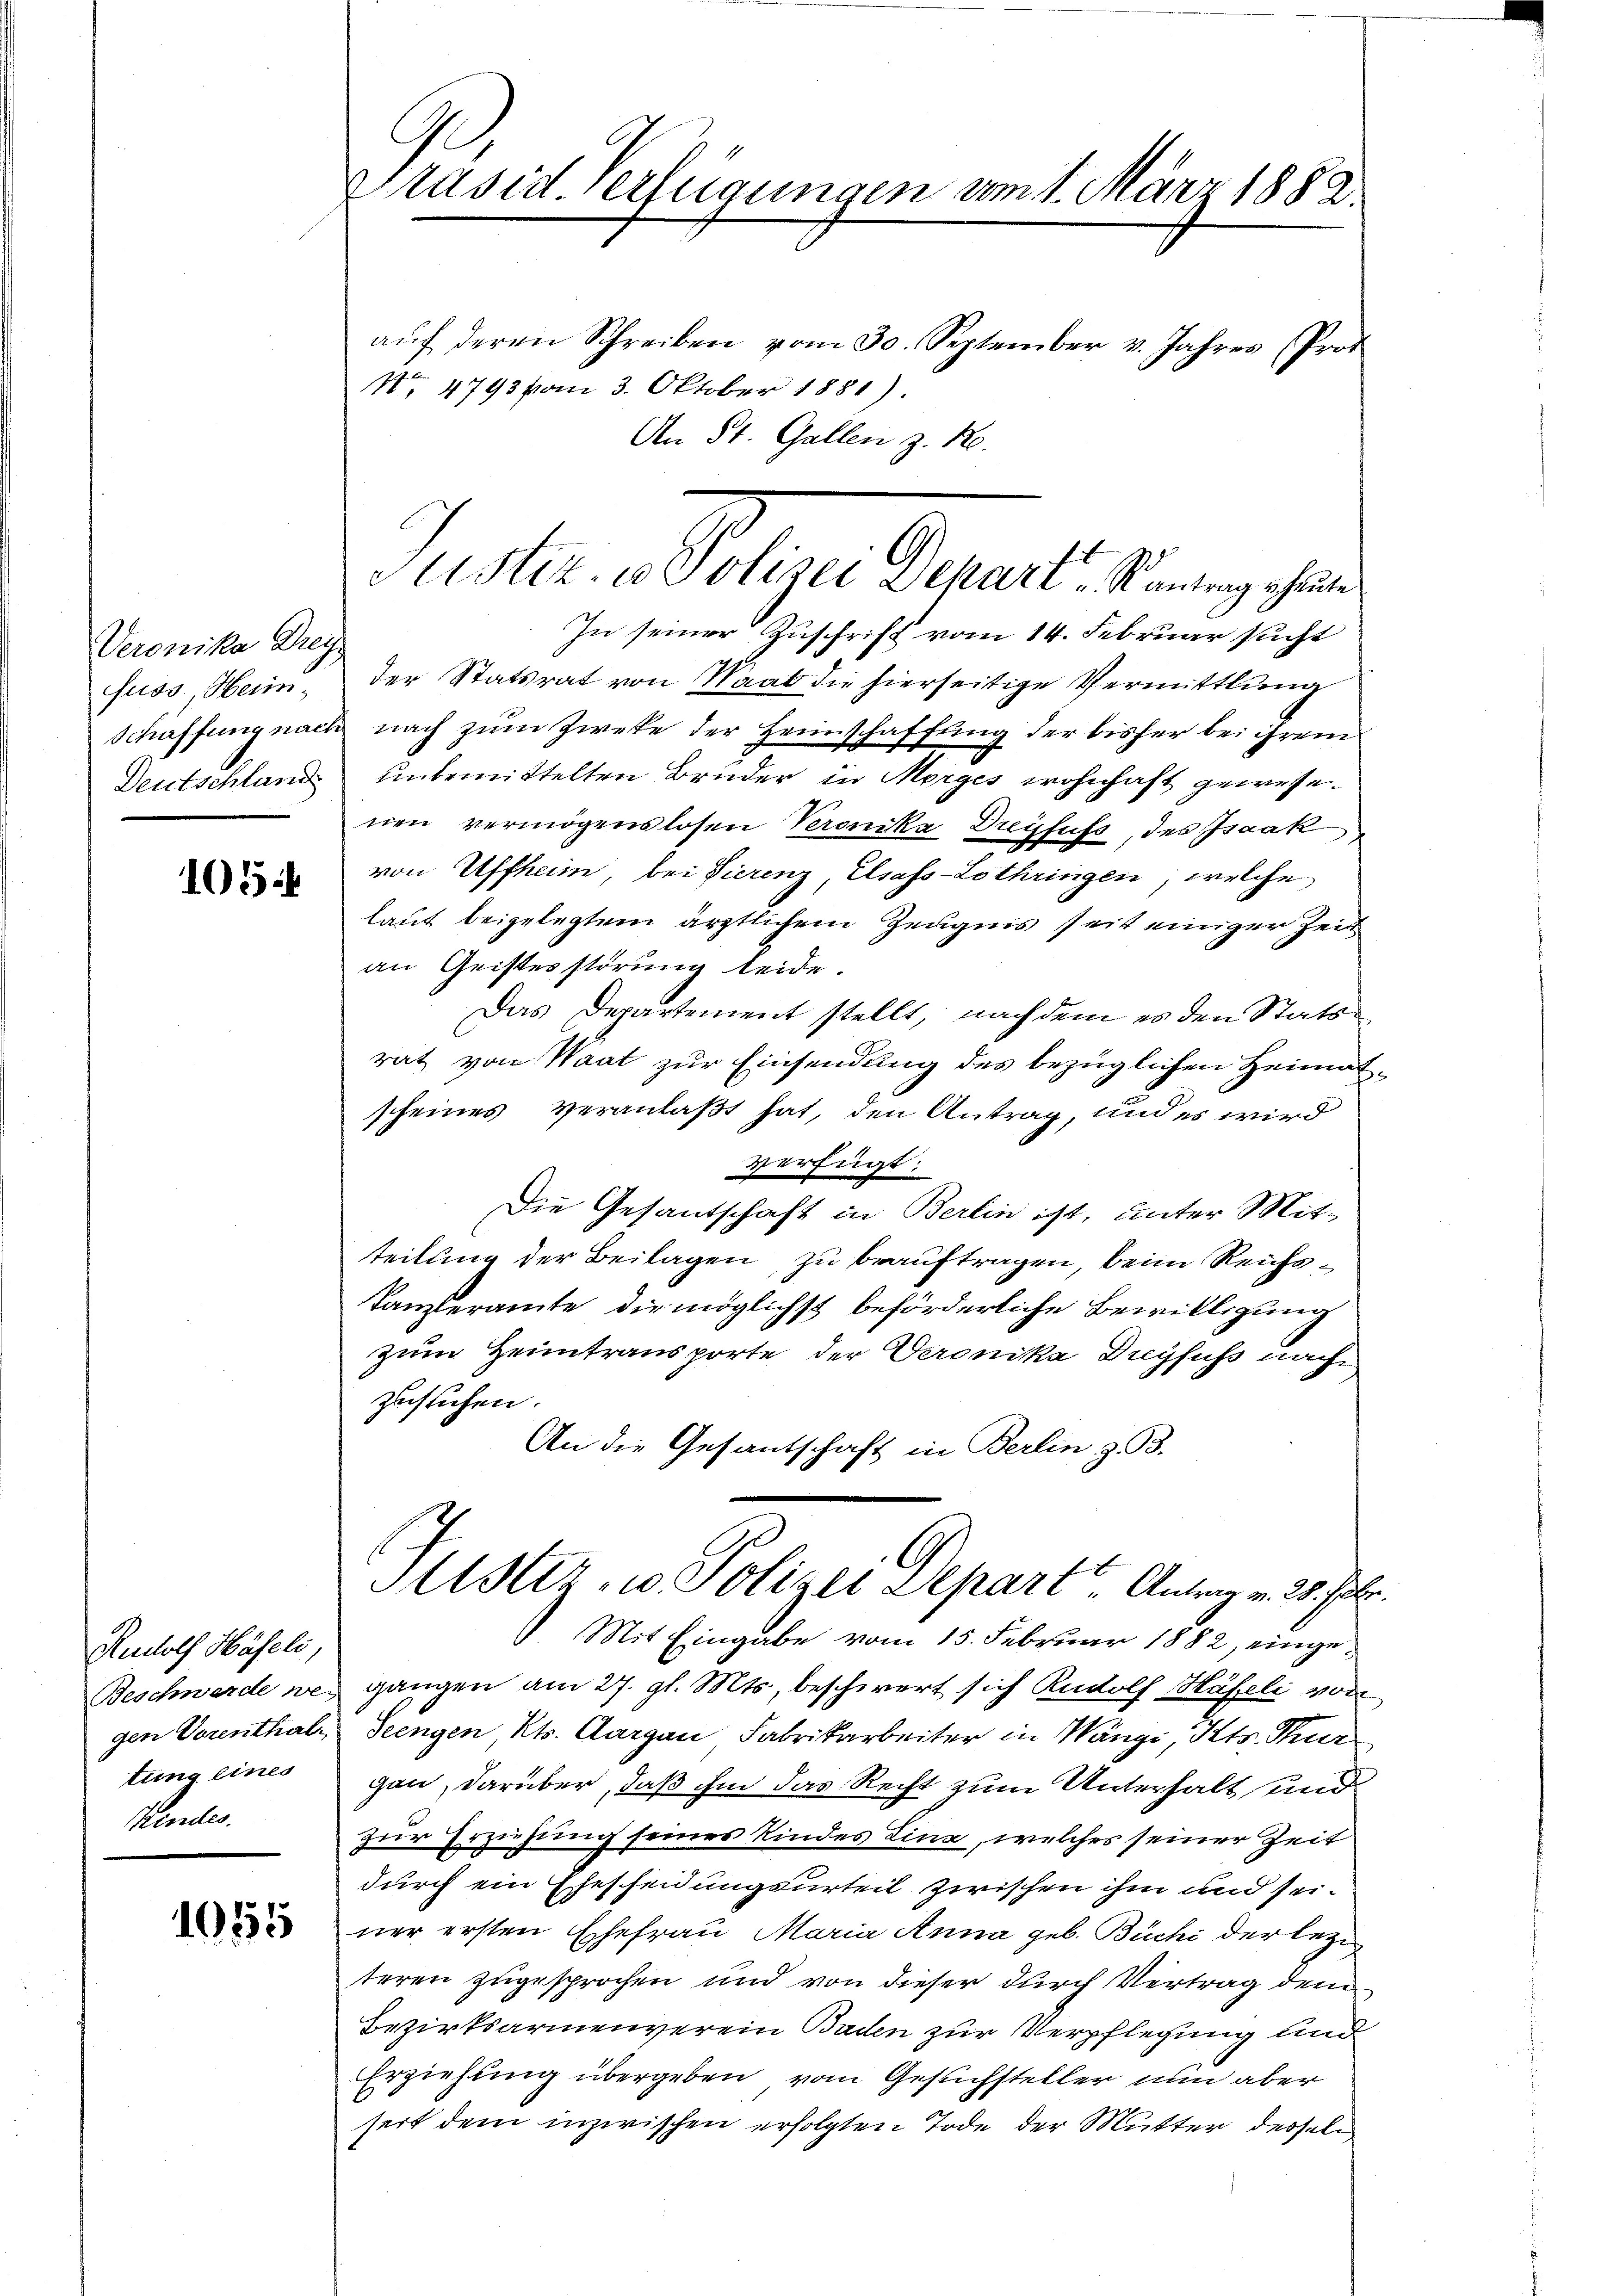
Veronika Drey.
fuss, Hein¬
Schaffung nach
Deutschland

105

Rudolf Häfeli,
Beschwerde we-
gen Vorenthaltung eines
Kindes.

1055

Präsid verfügungen am 1. März 1882.

aŭf deren Schreiben vom 30. September v. Jahres (Prot
No 4793 vom 3. Oktober 1881).
An St. Gallen z. R.

In seiner Zuschrift vom 14. Februar sucht
der Statsrat von Waab die hierseitige Vermittlung
nach zum Zweke der Heimschaffung der bisher bei ihrem
unbemittelten Bruder in Morges wohnhaft gewesenen vermögenslosen Veronika Dreyfuss, des Isaak
von Uffheim, bei Vierenz, Elsass-Lothringen, welche
laut beigelegtem ärztlichem Zeugnis seit einiger Zeit
an Geistesstörung leide.
Das Departement stellt, nachdem es den Statsrat von Waat zur Einsendung des bezüglichen Heimat
scheines veranlaßt hat, den Antrag, und es wird
verfügt:
Die Gesantschaft in Berlin ist, unter Mit-
teilung der Beilagen zu beauftragen, beim Reichs¬
Kanzleramte die möglichst beförderliche Bewilligung
zum Heimtransporte der Veronika Dreyfuß nach
zusuchen.
An die Gesantschaft in Berlin z. B.
Astiz- u. Polizei Separt Antrag v. 25. Jul
Mit Eingabe vom 15. Februar 1882, eingegangen am 27. gl. Mts., beschwert sich Rudolf Häfeli von
Seengen Kts. Aargau, Fabrikarbeiter in Wangi, Kts. Thur
gan, darüber, daß ihm das Recht zum Unterhalt und
zur Erziehung seines Kindes Lina, welches seiner Zeit
durch ein Ehescheidungsurteil zwischen ihm und seiner ersten Ehefrau Maria Anna geb. Büchi der letzt
teren zugesprochen und von dieser durch Vertrag dem
Bezirksarmenverein Baden zur Verpflegung und
Erziehung übergeben vom Gesuchsteller nun aber
seit dem inzwischen erfolgten Tode der Mutter desseln,

Justiz- u Polizei Depart - Kantrag heute